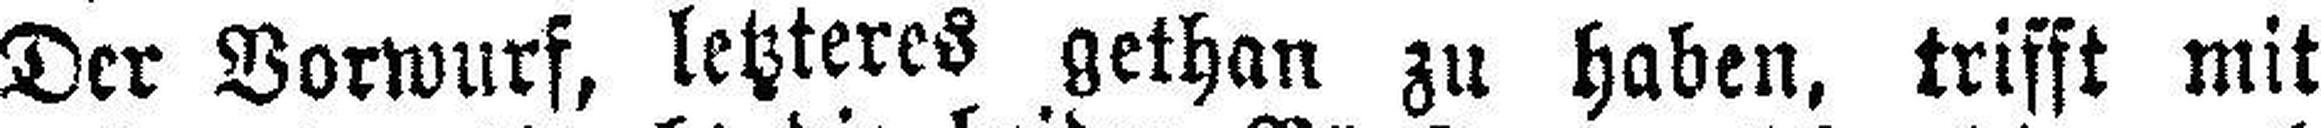
Der Vorwurf, letzteres gethan zu haben, trifft mit